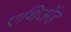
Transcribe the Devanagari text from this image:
एथिॲड